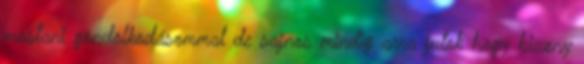
mostani gondolkodásommal de sajnos mindig arra jutok hogy bizony